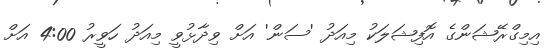
އިމިގްރޭޝަންގެ އޮފިޝަލަކު މިއަދު 'ސަން' އަށް ވިދާޅުވީ މިއަދު ހަވީރު 4:00 އަށް